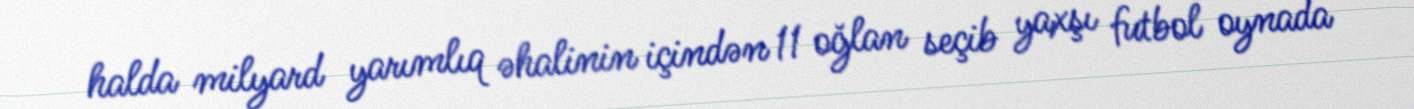
halda milyard yarımlıq əhalinin içindən 11 oğlan seçib yaxşı futbol oynada